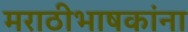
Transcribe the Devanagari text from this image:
मराठीभाषकांना